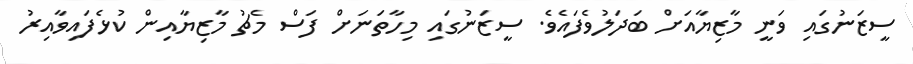
ސީޒަނުގައި ވަނީ މާޒިޔާއަށް ބަދަލުވެފައެވެ. ސީޒަނުގައި މިހާތަނަށް ފަސް މެޗު މާޒިޔާއިން ކުޅެފައިވާއިރު